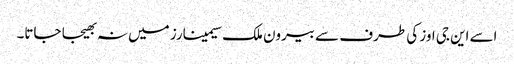
اسے این جی اوز کی طرف سے بیرون ملک سیمینارز میں نہ بھیجا جاتا۔